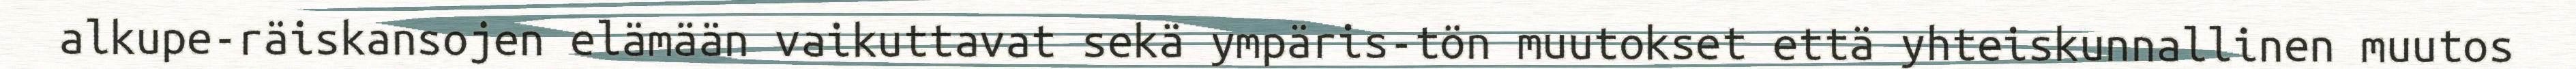
alkupe-räiskansojen elämään vaikuttavat sekä ympäris-tön muutokset että yhteiskunnallinen muutos